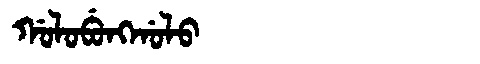
Manchu: ᡤᠣᠯᠣᠪᡠᠩᡤᠣᠯᠣ
Romanization: GOLOBUNGGOLO